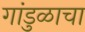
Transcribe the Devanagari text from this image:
गांडुळाचा